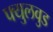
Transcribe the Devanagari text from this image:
फ्युलवुड